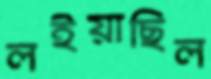
লইয়াছিল